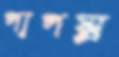
পাপঘ্ন